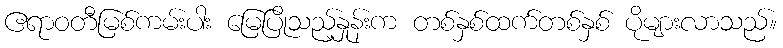
ဧရာဝတီမြစ်ကမ်းပါး မြေပြိုသည့်နှုန်းက တစ်နှစ်ထက်တစ်နှစ် ပိုများလာသည်။